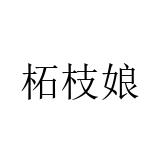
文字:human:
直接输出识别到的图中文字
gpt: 柘枝娘